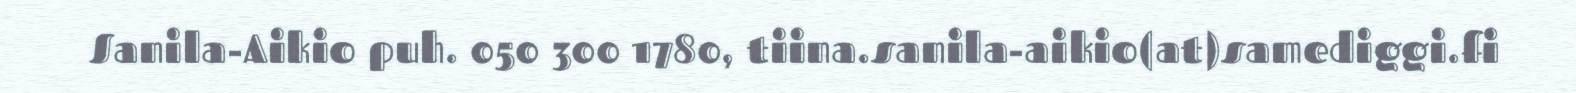
Sanila-Aikio puh. 050 300 1780, tiina.sanila-aikio(at)samediggi.fi